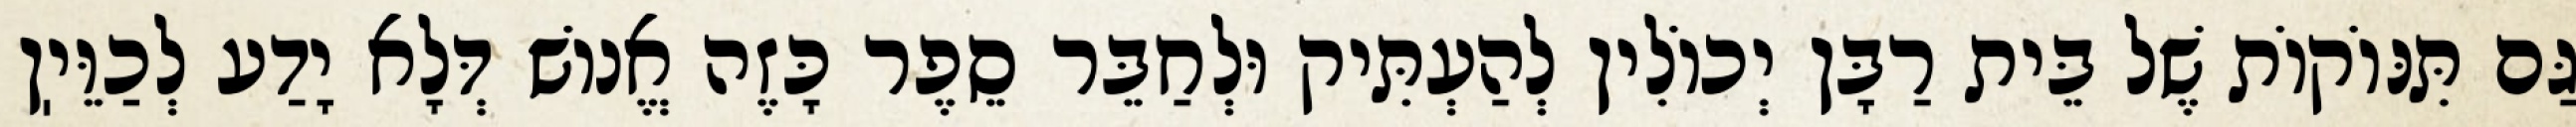
גַּם תִּנּוֹקוֹת שֶׁל בֵּית רַבָּן יְכוֹלִין לְהַעְתִּיק וּלְחַבֵּר סֵפֶר כָּזֶה אֱנוֹשׁ דְּלָא יָדַע לְכַוֵּיֽן